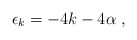
\begin{align*}\epsilon_k= -4k - 4\alpha \ ,\end{align*}